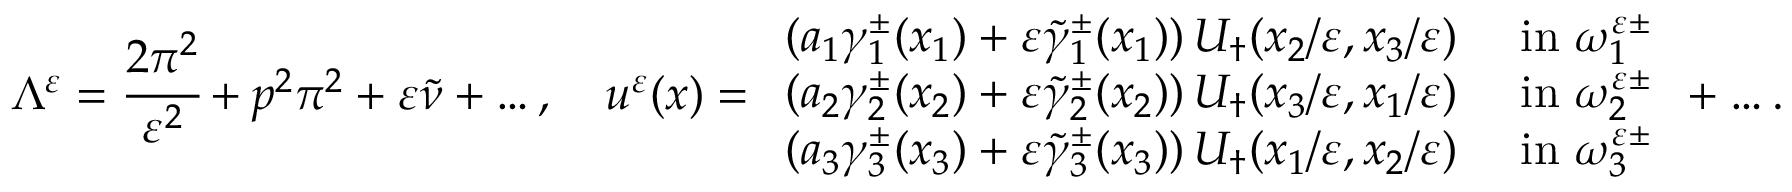
\Lambda ^ { \varepsilon } = \cfrac { 2 \pi ^ { 2 } } { \varepsilon ^ { 2 } } + p ^ { 2 } \pi ^ { 2 } + \varepsilon \tilde { \nu } + \dots , \quad u ^ { \varepsilon } ( x ) = \begin{array} { r l } { ( a _ { 1 } \gamma _ { 1 } ^ { \pm } ( x _ { 1 } ) + \varepsilon \tilde { \gamma } _ { 1 } ^ { \pm } ( x _ { 1 } ) ) \, U _ { \dagger } ( x _ { 2 } / \varepsilon , x _ { 3 } / \varepsilon ) } & { \mathrm { ~ i n ~ } \omega _ { 1 } ^ { \varepsilon \pm } } \\ { ( a _ { 2 } \gamma _ { 2 } ^ { \pm } ( x _ { 2 } ) + \varepsilon \tilde { \gamma } _ { 2 } ^ { \pm } ( x _ { 2 } ) ) \, U _ { \dagger } ( x _ { 3 } / \varepsilon , x _ { 1 } / \varepsilon ) } & { \mathrm { ~ i n ~ } \omega _ { 2 } ^ { \varepsilon \pm } } \\ { ( a _ { 3 } \gamma _ { 3 } ^ { \pm } ( x _ { 3 } ) + \varepsilon \tilde { \gamma } _ { 3 } ^ { \pm } ( x _ { 3 } ) ) \, U _ { \dagger } ( x _ { 1 } / \varepsilon , x _ { 2 } / \varepsilon ) } & { \mathrm { ~ i n ~ } \omega _ { 3 } ^ { \varepsilon \pm } } \end{array} + \dots .